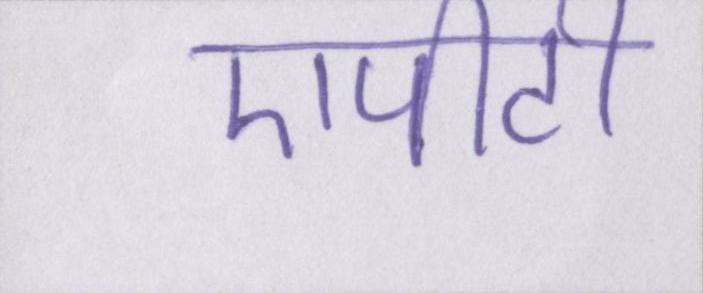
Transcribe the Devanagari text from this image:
एपीटी